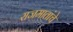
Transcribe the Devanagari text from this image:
राजमातांचे